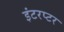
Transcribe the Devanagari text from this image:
इंटरप्टर